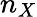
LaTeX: n_{X}